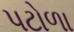
પટોળા